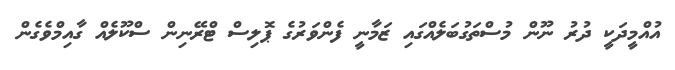
އުއްމީދަކީ ދުރު ނޫން މުސްތަގުބަލެއްގައި ޒަމާނީ ފެންވަރުގެ ޕޮލިސް ޓްރޭނިން ސްކޫލެއް ގާއިމްވެގެން